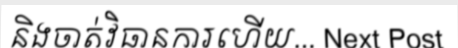
និងចាត់វិធានការហើយ... Next Post